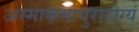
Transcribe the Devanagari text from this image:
अस्माकमायुरारोग्यं